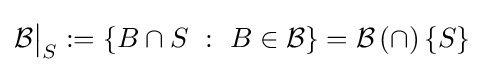
{\mathcal {B}}{\big \vert }_{S}:=\{B\cap S~:~B\in {\mathcal {B}}\}={\mathcal {B}}\,(\cap )\,\{S\}